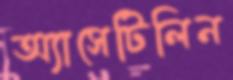
অ্যাসেটিলিন